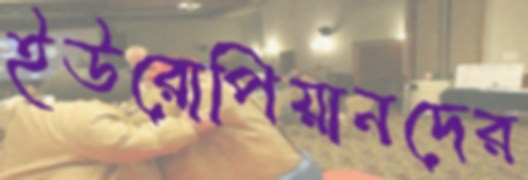
ইউরোপিয়ানদের